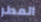
المطر